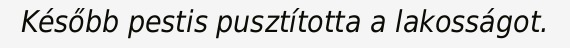
Később pestis pusztította a lakosságot.